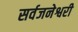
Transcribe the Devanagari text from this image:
सर्वजनेश्वरी